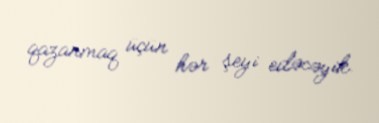
qazanmaq üçün hər şeyi edəcəyik.